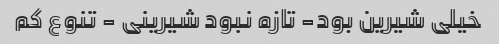
خیلی شیرین بود- تازه نبود شیرینی - تنوع کم